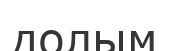
долым